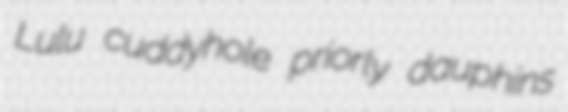
Lulu cuddyhole priorly dauphins